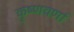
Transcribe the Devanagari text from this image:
कृष्णवर्णा